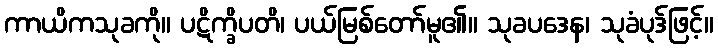
ကာယိကသုခကို။ ပဋိက္ခိပတိ၊ ပယ်မြစ်တော်မူ၏။ သုခပဒေန၊ သုခံပုဒ်ဖြင့်။